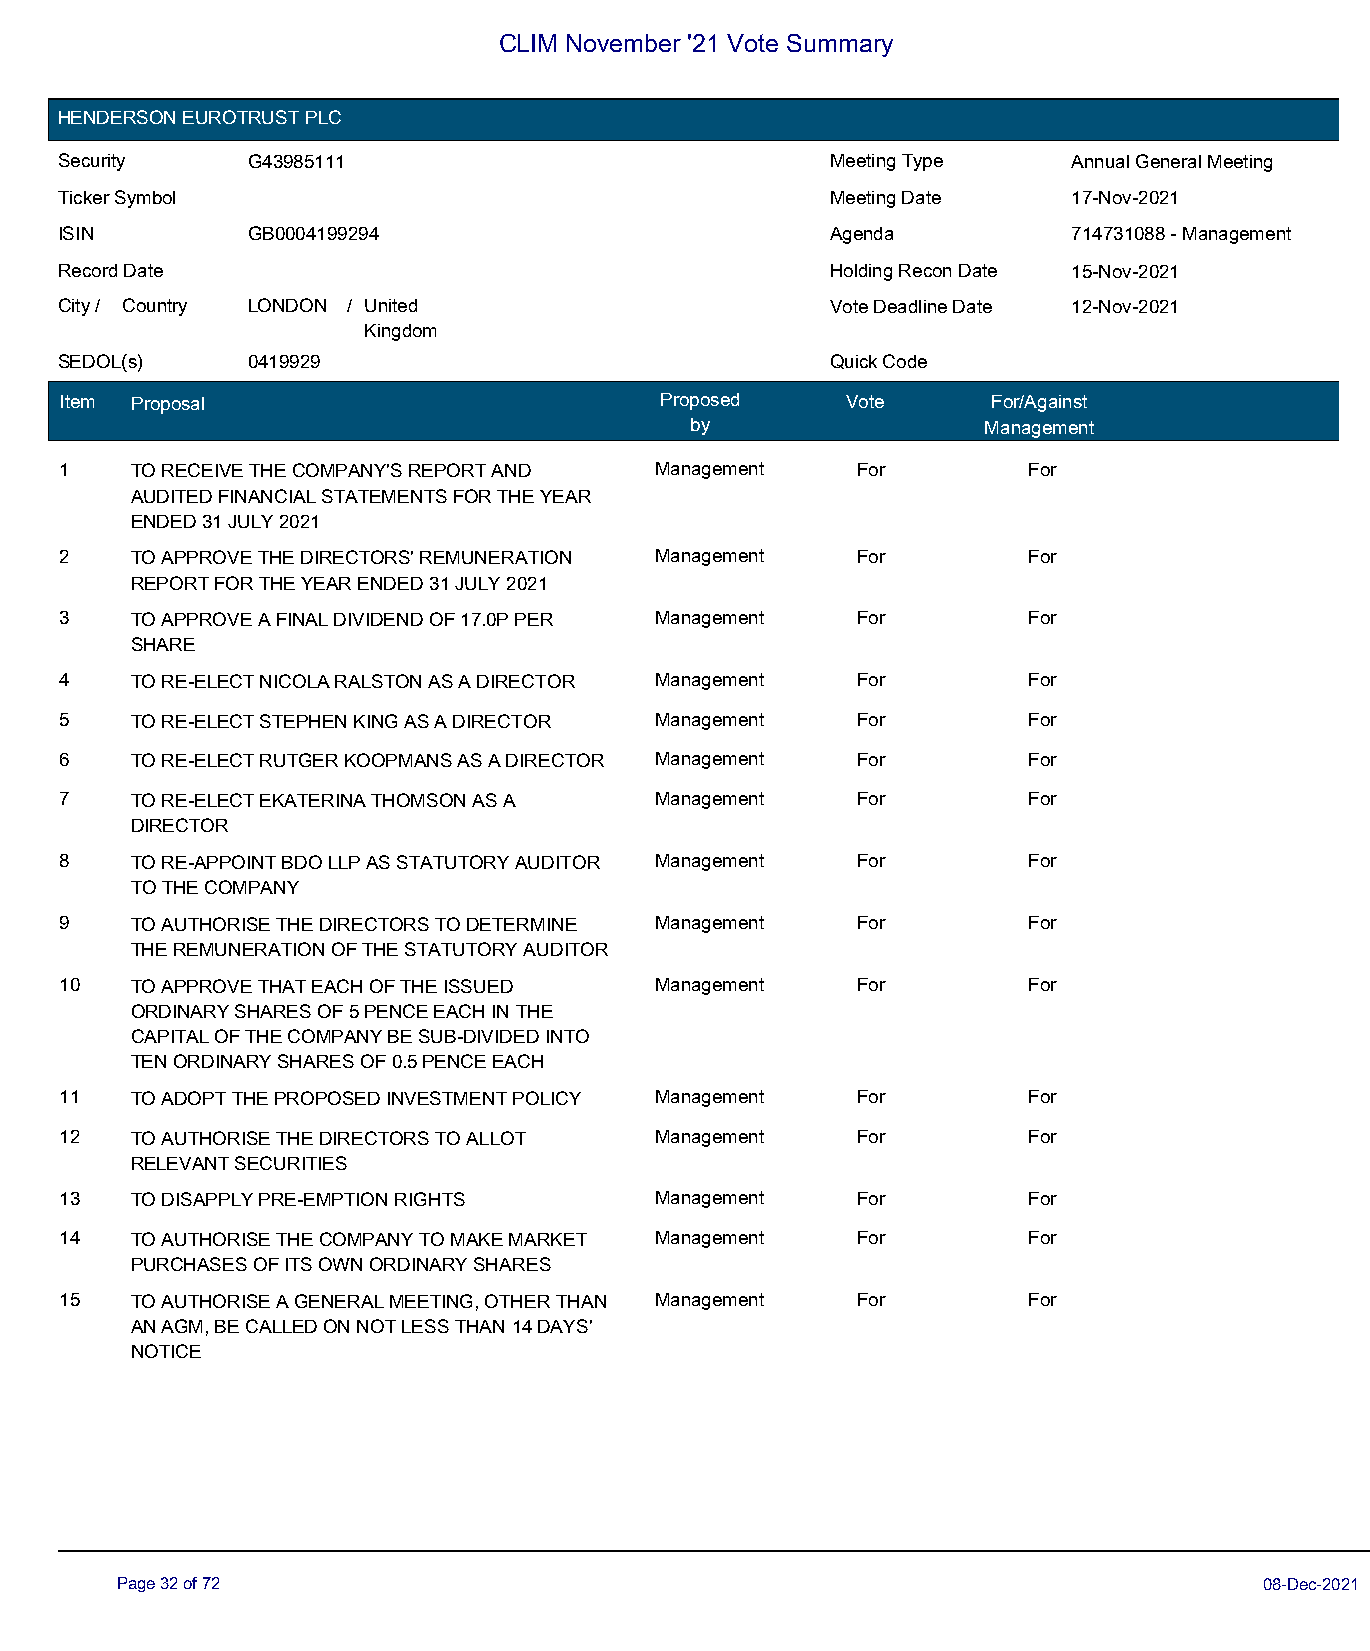
CLIM November '21 Vote Summary
 HENDERSON EUROTRUST PLC
 Security    G43985111                              Meeting Type    Annual General Meeting
 Ticker Symbol                                      Meeting Date    17-Nov-2021
 ISIN        GB0004199294                           Agenda          714731088 - Management
 Record Date                                        Holding Recon Date 15-Nov-2021
 City / Country LONDON / United                     Vote Deadline Date 12-Nov-2021
 Kingdom
 SEDOL(s)    0419929                                Quick Code
 Item Proposal                           Proposed    Vote      For/Against
 by                 Management
 1    TO RECEIVE THE COMPANY'S REPORT AND Management  For        For
 AUDITED FINANCIAL STATEMENTS FOR THE YEAR
 ENDED 31 JULY 2021
 2    TO APPROVE THE DIRECTORS' REMUNERATION Management For      For
 REPORT FOR THE YEAR ENDED 31 JULY 2021
 3    TO APPROVE A FINAL DIVIDEND OF 17.0P PER Management For    For
 SHARE
 4    TO RE-ELECT NICOLA RALSTON AS A DIRECTOR Management For    For
 5    TO RE-ELECT STEPHEN KING AS A DIRECTOR Management For      For
 6    TO RE-ELECT RUTGER KOOPMANS AS A DIRECTOR Management For   For
 7    TO RE-ELECT EKATERINA THOMSON AS A Management   For        For
 DIRECTOR
 8    TO RE-APPOINT BDO LLP AS STATUTORY AUDITOR Management For  For
 TO THE COMPANY
 9    TO AUTHORISE THE DIRECTORS TO DETERMINE Management For     For
 THE REMUNERATION OF THE STATUTORY AUDITOR
 10   TO APPROVE THAT EACH OF THE ISSUED Management   For        For
 ORDINARY SHARES OF 5 PENCE EACH IN THE
 CAPITAL OF THE COMPANY BE SUB-DIVIDED INTO
 TEN ORDINARY SHARES OF 0.5 PENCE EACH
 11   TO ADOPT THE PROPOSED INVESTMENT POLICY Management For     For
 12   TO AUTHORISE THE DIRECTORS TO ALLOT Management  For        For
 RELEVANT SECURITIES
 13   TO DISAPPLY PRE-EMPTION RIGHTS    Management    For        For
 14   TO AUTHORISE THE COMPANY TO MAKE MARKET Management For     For
 PURCHASES OF ITS OWN ORDINARY SHARES
 15   TO AUTHORISE A GENERAL MEETING, OTHER THAN Management For  For
 AN AGM, BE CALLED ON NOT LESS THAN 14 DAYS'
 NOTICE
 Page 32 of 72                                                               08-Dec-2021